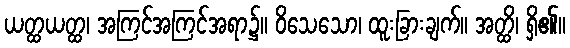
ယတ္ထယတ္ထ၊ အကြင်အကြင်အရာ၌။ ဝိသေသော၊ ထူးခြားချက်။ အတ္ထိ၊ ရှိ၏။